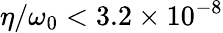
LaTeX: \eta/\omega_{0}<3.2\times 10^{-8}